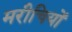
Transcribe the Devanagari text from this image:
मरीचियों